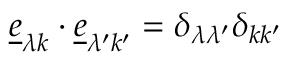
\underline { { e } } _ { \lambda k } \cdot \underline { { e } } _ { \lambda ^ { \prime } k ^ { \prime } } = \delta _ { \lambda \lambda ^ { \prime } } \delta _ { k k ^ { \prime } }